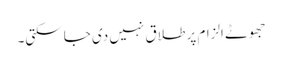
جھوٹے الزام پر طلاق نہیں دی جا سکتی۔